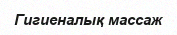
Гигиеналық массаж